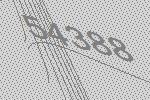
54388